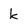
Character: k